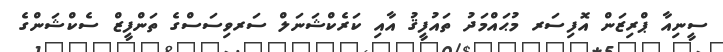
ސީނިއާ ޕްރިޒަން އޮފިސަރ މުޙައްމަދު ތައުފީޤު އާއި ކަރެކްޝަނަލް ސަރވިސަސްގެ ތަންފީޒް ސެކްޝަންގެ